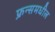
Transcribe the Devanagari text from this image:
फ्रन्समधील